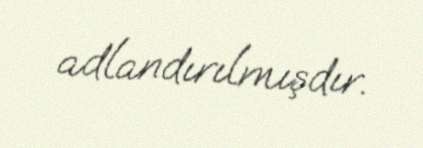
adlandırılmışdır.